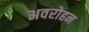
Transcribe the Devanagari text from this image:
अवरोहन